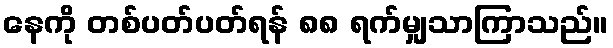
နေကို တစ်ပတ်ပတ်ရန် ၈၈ ရက်မျှသာကြာသည်။